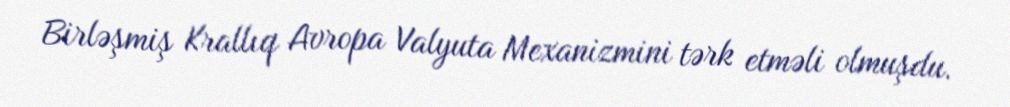
Birləşmiş Krallıq Avropa Valyuta Mexanizmini tərk etməli olmuşdu.